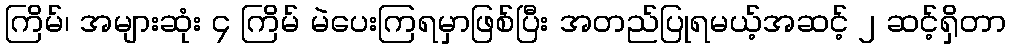
ကြိမ်၊ အများဆုံး ၄ ကြိမ် မဲပေးကြရမှာဖြစ်ပြီး အတည်ပြုရမယ့်အဆင့် ၂ ဆင့်ရှိတာ